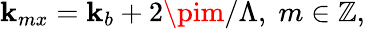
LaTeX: \mathbf{k}_{mx}=\mathbf{k}_{b}+2\pim/\Lambda,\; m\in\mathbb{{Z}},